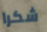
شكرا